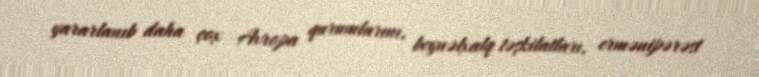
yararlanıb daha çox Avropa qurumlarını, beynəlxalq təşkilatları, ermənipərəst